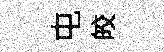
屯皎